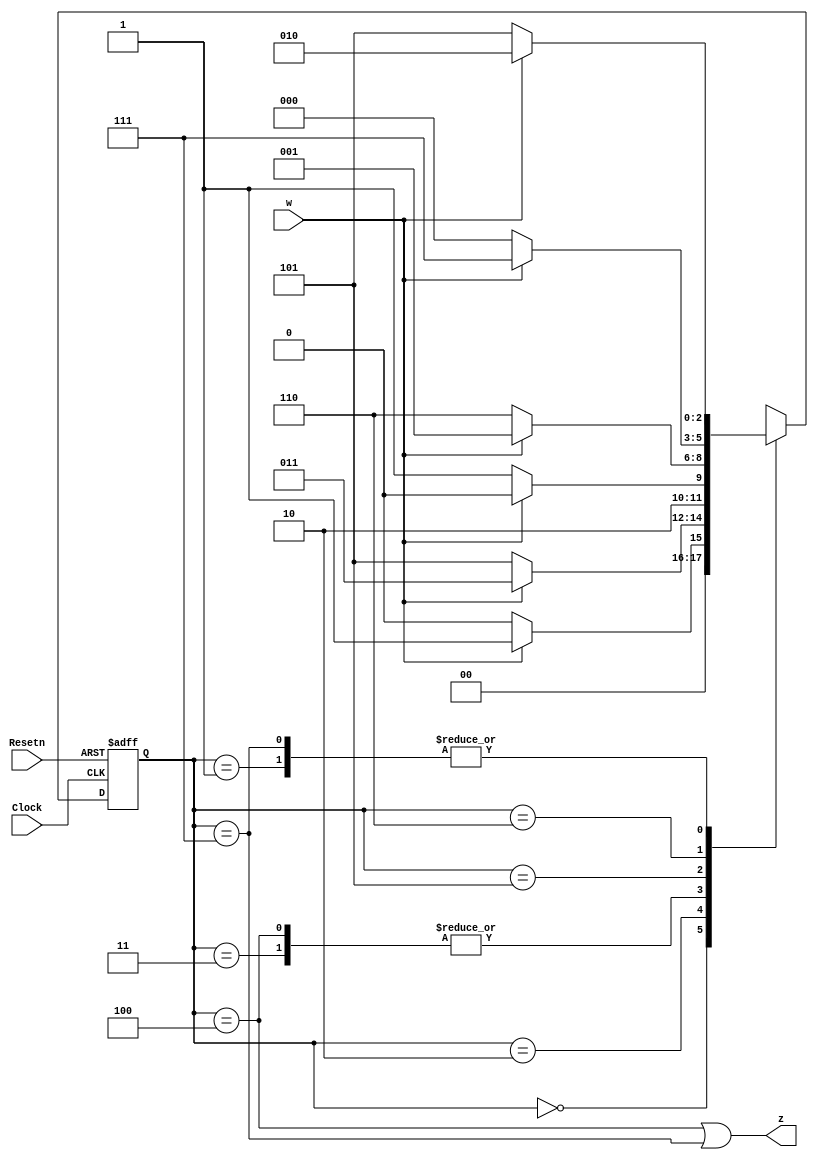
module lab03ex01v01(Clock, Resetn, w, z);
	input Clock, Resetn, w;
	output z;
	reg [2:0] y;
	parameter [2:0] S0 = 0, S1 = 1, S2 = 2, S3=3, S4=4, S5=5, S6=6, S7=7;
	
	always @(posedge Clock, negedge Resetn)
	begin
		if (Resetn == 0) y <= S0;
		else 
		begin
			case (y)
				S0 : if (w) y<=S1; 
					 else y<=S0;
				S1 : if (w) y<=S2; 
					 else y<=S5;
				S2 : if (w) y<=S3;
					 else y<=S5;
				S3 : if (w) y<=S4;
					 else y<=S5;
				S4 : if (w) y<=S4;
					 else y<=S5;
				S5 : if (w) y<=S1;
					 else y<=S6;
				S6 : if (w) y<=S7;
					 else y<=S0;
				S7 : if (w) y<=S2;
					 else y<=S5;
			endcase
		end
	end

	assign z=(y==S4)|(y==S7);

endmodule